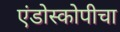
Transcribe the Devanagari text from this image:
एंडोस्कोपीचा